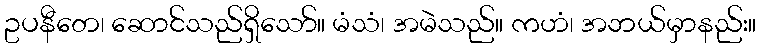
ဥပနီတေ၊ ဆောင်သည်ရှိသော်။ မံသံ၊ အမဲသည်။ ကဟံ၊ အဘယ်မှာနည်း။